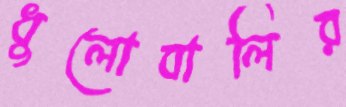
ধুলোবালির